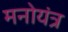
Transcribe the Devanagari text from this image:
मनोयंत्र